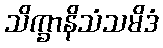
သိက္ခာနိသံသမိဒံ